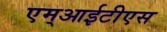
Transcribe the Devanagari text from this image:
एम्आईटीएस